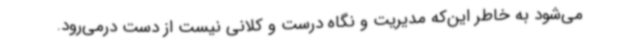
می‌شود به خاطر این‌که مدیریت و نگاه درست و کلانی نیست از دست درمی‌رود.